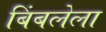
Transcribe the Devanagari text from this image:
बिंबलेला